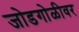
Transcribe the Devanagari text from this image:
जोडगोळीवर